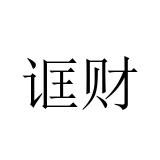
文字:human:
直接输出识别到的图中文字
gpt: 诓财